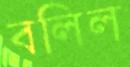
বলিল